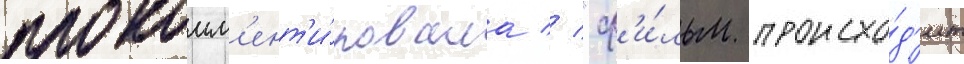
прокомм'ент'и́ровала // "ф'и́льм происхо́д'ит